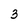
Character: 3